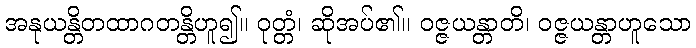
အနုယန္တိတထာဂတန္တိဟူ၍။ ဝုတ္တံ၊ ဆိုအပ်၏။ ဝဇ္ဇယန္တာတိ၊ ဝဇ္ဇယန္တာဟူသော